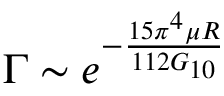
\Gamma \sim e ^ { - \frac { 1 5 \pi ^ { 4 } \mu R } { 1 1 2 G _ { 1 0 } } }